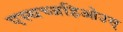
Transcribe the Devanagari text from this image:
एस्थच्जहिओउस्